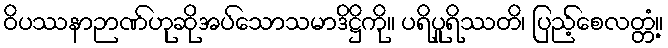
ဝိပဿနာဉာဏ်ဟုဆိုအပ်သောသမာဒိဋ္ဌိကို။ ပရိပူရိဿတိ၊ ပြည့်စေလတ္တံ့။